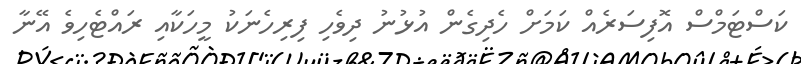
ކަސްޓަމްސް އޮފިސަރެއް ކަމަށް ހެދިގެން އުޅުނު ދިވެހި ފިރިހެނަކު މީހަކާއި ރައްޓެހިވެ އޭނާ